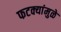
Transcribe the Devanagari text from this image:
फटक्यांमुळे